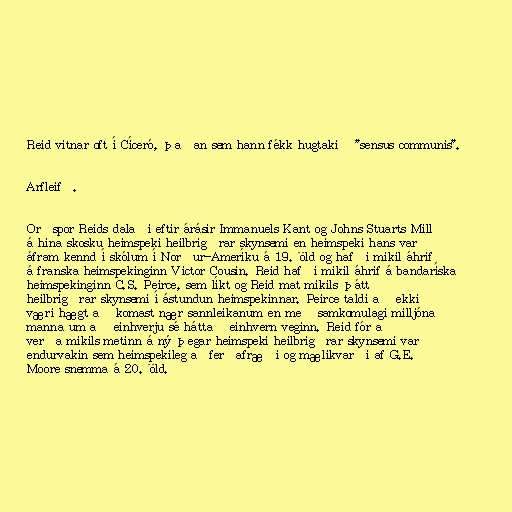
Reid vitnar oft í Cíceró, þaðan sem hann fékk hugtakið "sensus communis".

Arfleifð.

Orðspor Reids dalaði eftir árásir Immanuels Kant og Johns Stuarts Mill
á hina skosku heimspeki heilbrigðrar skynsemi en heimspeki hans var
áfram kennd í skólum í Norður-Ameríku á 19. öld og hafði mikil áhrif
á franska heimspekinginn Victor Cousin. Reid hafði mikil áhrif á bandaríska
heimspekinginn C.S. Peirce, sem líkt og Reid mat mikils þátt
heilbrigðrar skynsemi í ástundun heimspekinnar. Peirce taldi að ekki
væri hægt að komast nær sannleikanum en með samkomulagi milljóna
manna um að einhverju sé háttað einhvern veginn. Reid fór að
verða mikils metinn á ný þegar heimspeki heilbrigðrar skynsemi var
endurvakin sem heimspekileg aðferðafræði og mælikvarði af G.E.
Moore snemma á 20. öld.